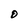
Character: O